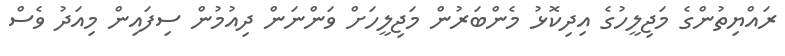
ރައްޔިތުންގެ މަޖިލީހުގެ އިދިކޮޅު މެންބަރުން މަޖިލީހަށް ވަންނަން ދިއުމުން ސިފައިން މިއަދު ވެސް